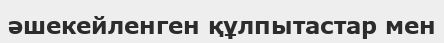
әшекейленген құлпытастар мен